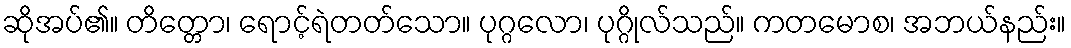
ဆိုအပ်၏။ တိတ္တော၊ ရောင့်ရဲတတ်သော။ ပုဂ္ဂလော၊ ပုဂ္ဂိုလ်သည်။ ကတမောစ၊ အဘယ်နည်း။